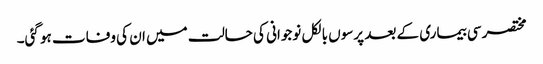
مختصر سی بیماری کے بعد پرسوں بالکل نوجوانی کی حالت میں ان کی وفات ہو گئی۔